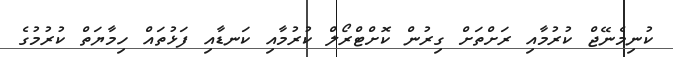
ކުނިމެނޭޖް ކުރުމާއި ރަށްތަށް ގިރުން ކޮށްޓްރޯލް ކުރުމާއި ކަނޑާއި ފަޅުތައް ހިމާޔަތް ކުރުމުގެ